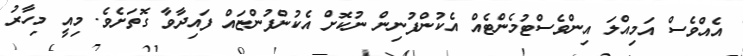
އެއްވެސް އަމިއްލަ އިންވެސްޓުމެންޓެއް އެކުންފުނިން ނުކޮށް އެކުންފުންޏައް ފައިދާވާ ގޮތަށެވެ. މިއީ މިހާރު